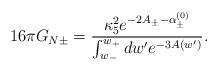
LaTeX: \begin{align*}16\pi G_{N\pm} = \frac{\kappa_5^2e^{-2A_{\pm}-\alpha^{(0)}_{\pm}}} {\int^{w_+}_{w_-}dw'e^{-3A(w')}}. \end{align*}